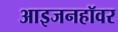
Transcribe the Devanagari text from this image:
आइजनहॉवर